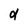
Character: d